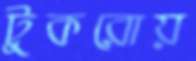
টুকরোয়